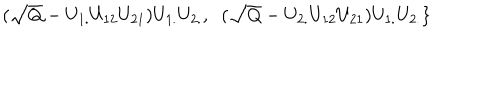
LaTeX: \; \; ( \sqrt { Q } - U _ { 1 . } U _ { 1 2 } U _ { 2 1 } ) U _ { 1 . } U _ { 2 . } , \; \; ( \sqrt { Q } - U _ { 2 . } U _ { 1 2 } U _ { 2 1 } ) U _ { 1 . } U _ { 2 . } \}